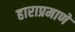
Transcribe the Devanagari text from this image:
हाराप्रमाणे